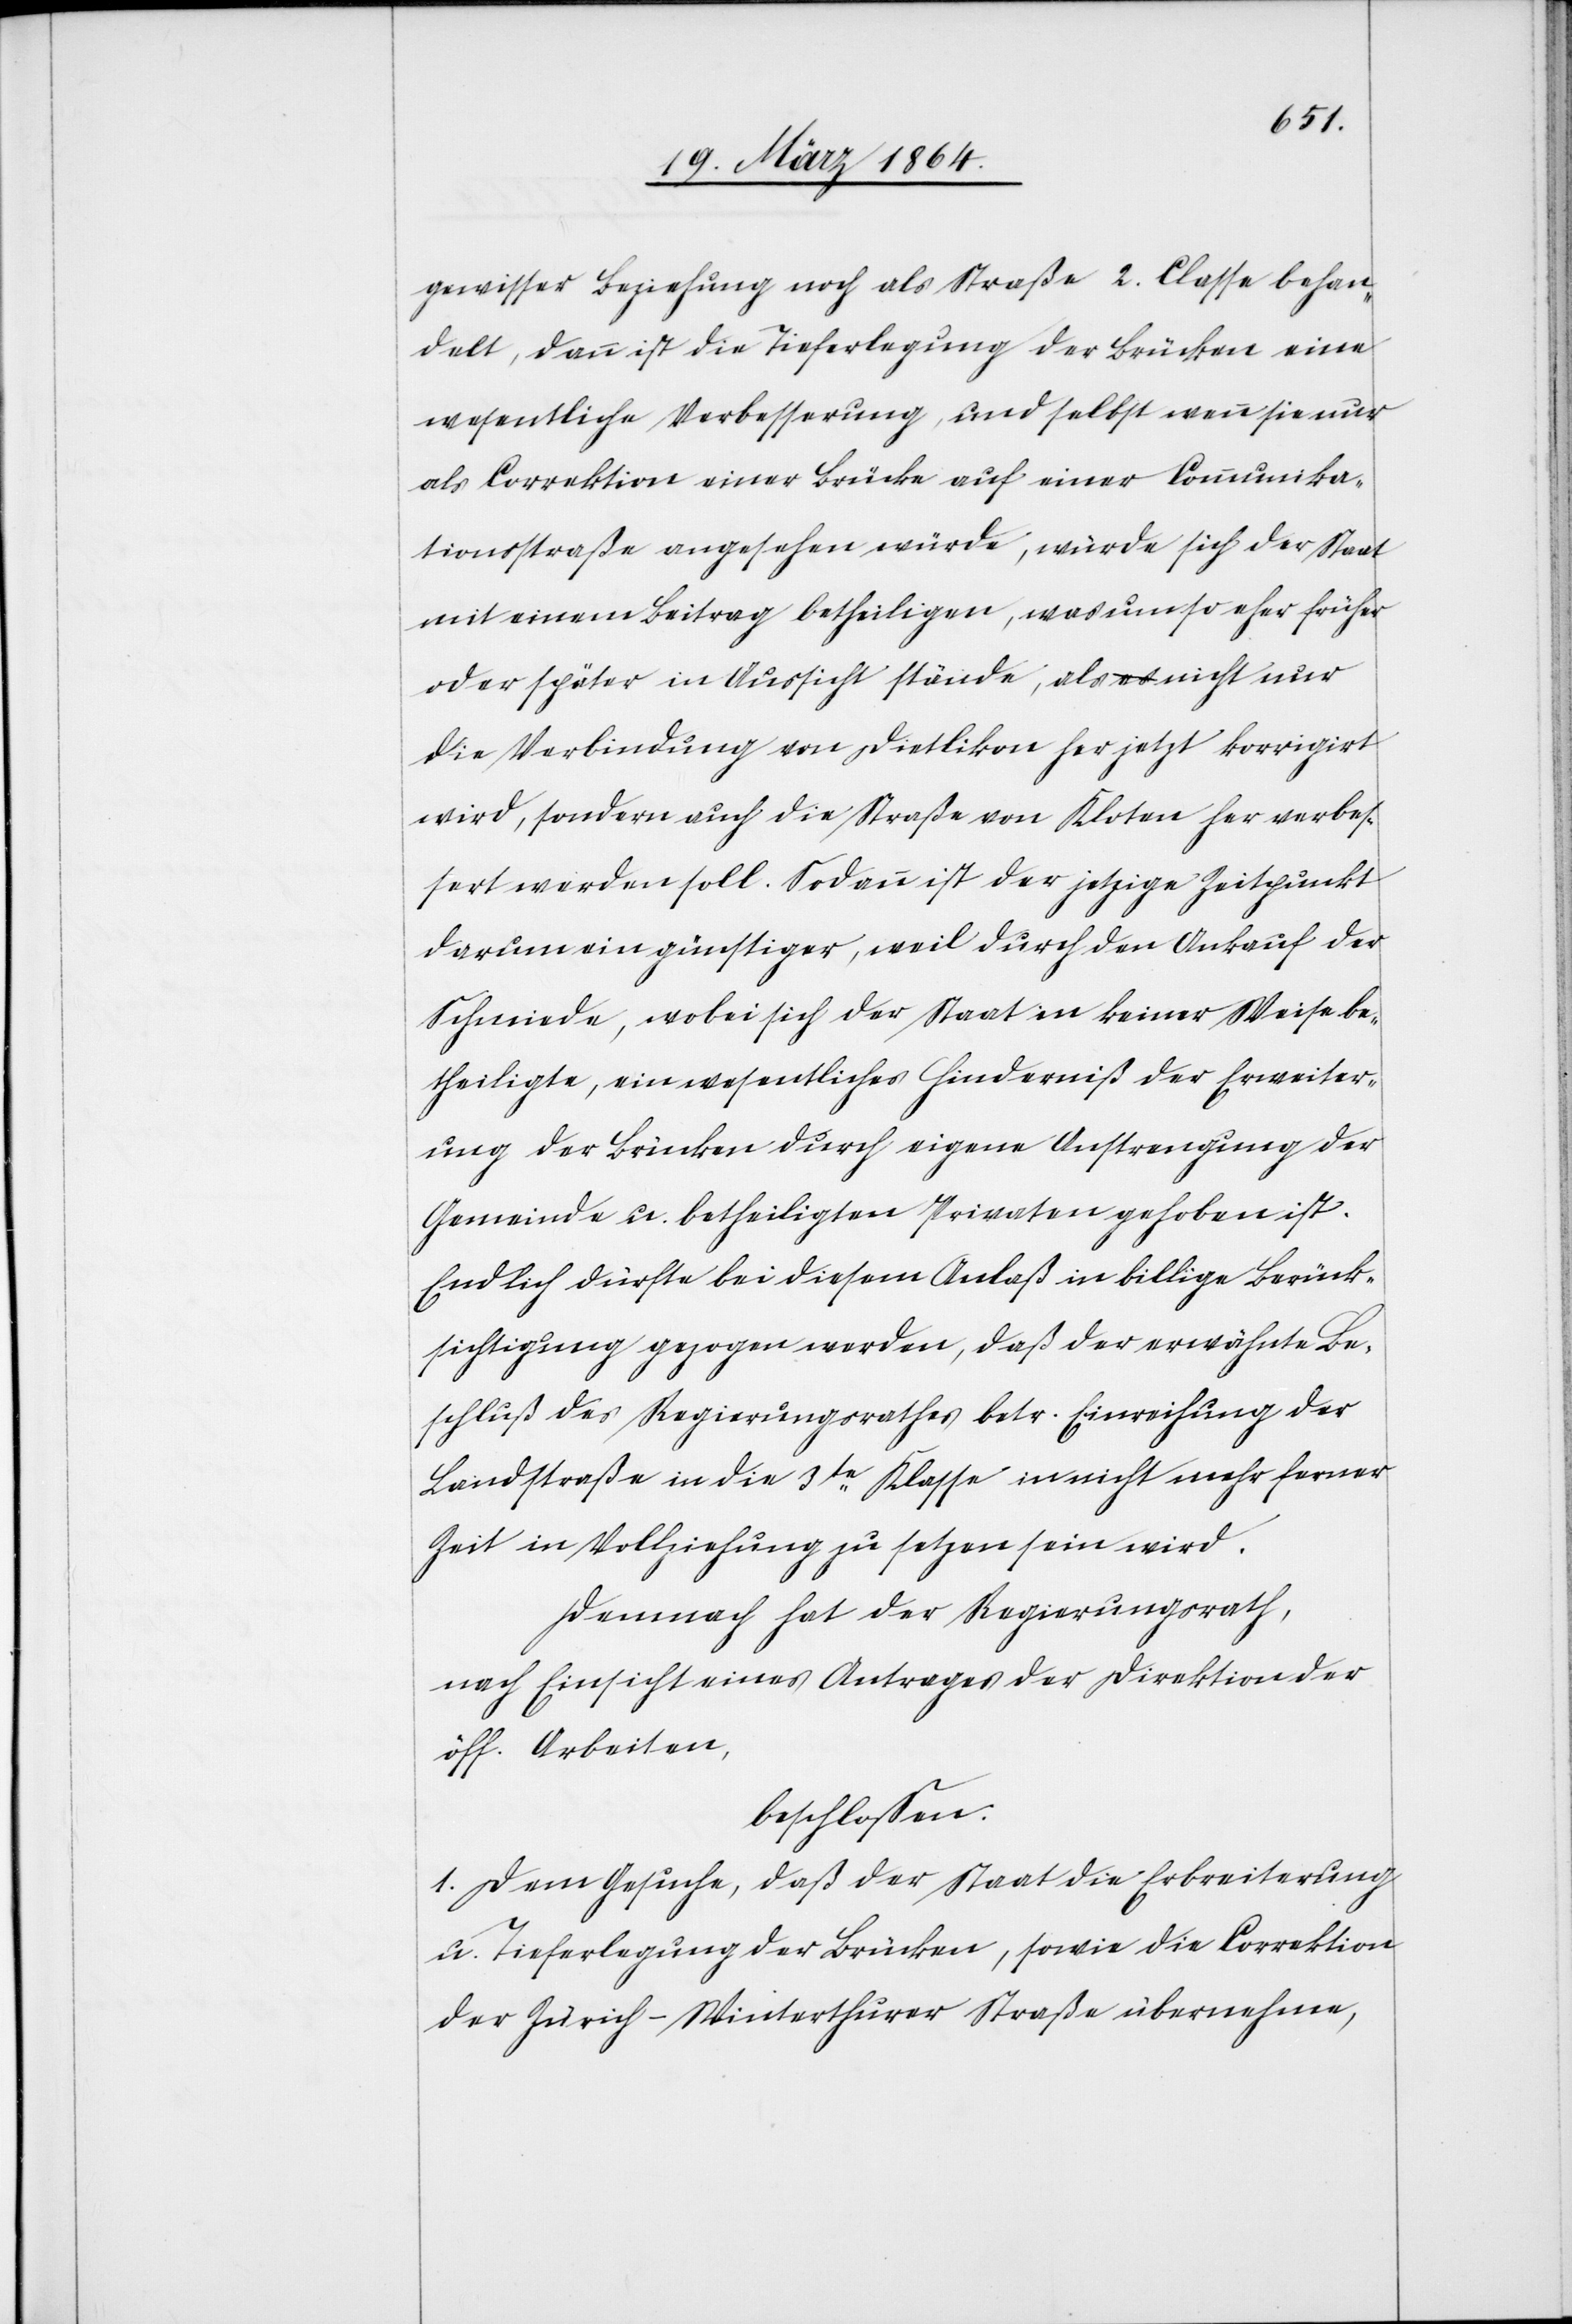
gewisser Beziehung noch als Straße 2. Classe behan¬
delt, dann ist die Tieferlegung der Brücken eine
wesentliche Verbesserung, und selbst wenn sie nur
als Correktion einer Brücke auf einer Communika¬
tionsstraße angesehen würde, würde sich der Staat
mit einem Beitrag betheiligen, was umso eher früher
oder später in Aussicht stände, als nicht nur
die Verbindung von Dietlikon her jetzt korrigirt
wird, sondern auch die Straße von Kloten her verbes¬
sert werden soll. Sodann ist der jetzige Zeitpunkt
darum ein günstiger, weil durch den Ankauf der
Schmiede, wobei sich der Staat in keiner Weise be¬
theiligte, ein wesentliches Hinderniß der Erweiter¬
ung der Brücken durch eigene Anstrengung der
Gemeinde u. betheiligten Privaten gehoben ist.
Endlich dürfte bei diesem Anlaß in billige Berück¬
sichtigung gezogen werden, daß der erwähnte Be¬
schluß des Regierungsrathes betr. Einreihung der
Landstraße in die 3te Klasse in nicht mehr ferner
Zeit in Vollziehung zu setzen sein wird.
Demnach hat der Regierungsrath,
nach Einsicht eines Antrages der Direktion der
öff. Arbeiten,
beschlossen.
1. Dem Gesuche, daß der Staat die Erbreiterung
u. Tieferlegung der Brücken, sowie die Correktion
der Zürich–Winterthurer Straße übernehme,